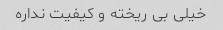
خیلی بی ریخته و کیفیت نداره